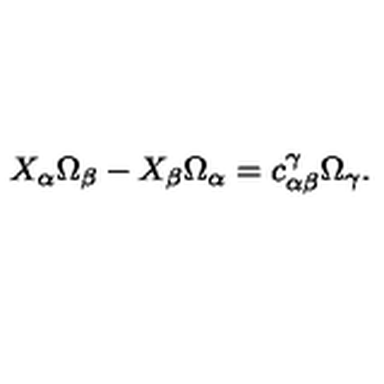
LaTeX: X _ { \alpha } \Omega _ { \beta } - X _ { \beta } \Omega _ { \alpha } = c _ { \alpha \beta } ^ { \gamma } \Omega _ { \gamma } .